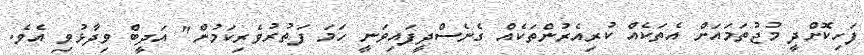
ފަހިކޮށްދީ މުޖުތަމައަށް އެތަކެއް ކުރިއެރުންތަކެއް ގެނެސްދީފައިވަނީ ހަމަ ފަތުރުވެރިކަމުން" އަދީބް ވިދާޅުވި އެވެ.